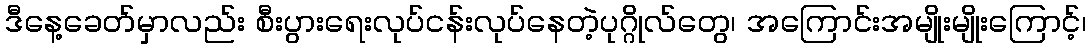
ဒီနေ့ခေတ်မှာလည်း စီးပွားရေးလုပ်ငန်းလုပ်နေတဲ့ပုဂ္ဂိုလ်တွေ၊ အကြောင်းအမျိုးမျိုးကြောင့်၊